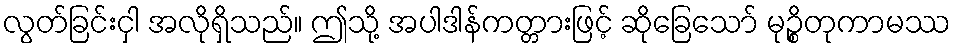
လွတ်ခြင်းငှါ အလိုရှိသည်။ ဤသို့ အပါဒါန်ကတ္တားဖြင့် ဆိုခြေသော် မုဉ္စိတုကာမဿ